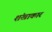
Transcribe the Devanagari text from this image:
शंखाकार